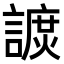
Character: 𧫽